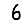
Digit: 6